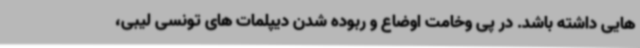
هایی داشته باشد. در پی وخامت اوضاع و ربوده شدن دیپلمات های تونسی لیبی،